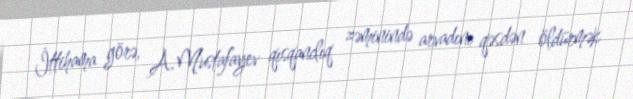
İttihama görə, A.Mustafayev qısqanclıq zəminində arvadını qəsdən öldürmək